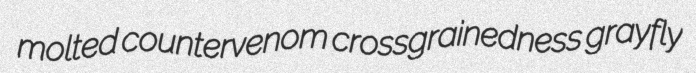
molted countervenom crossgrainedness grayfly